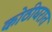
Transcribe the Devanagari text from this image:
कोठीघरात